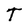
Character: T